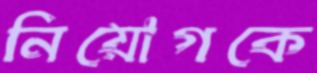
নিয়োগকে